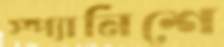
স্প্যানিশে